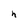
Character: h